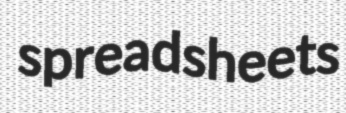
spreadsheets